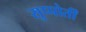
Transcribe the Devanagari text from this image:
सुप्पोर्तीं